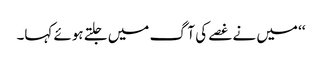
‘‘ میں نے غصے کی آگ میں جلتے ہوئے کہا۔